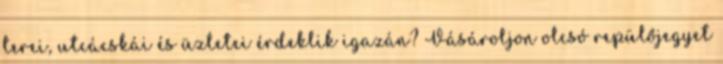
terei, utcácskái és üzletei érdeklik igazán? Vásároljon olcsó repülőjegyet